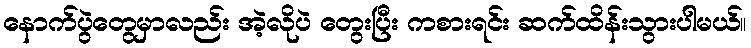
နောက်ပွဲတွေမှာလည်း အဲ့လိုပဲ တွေးပြီး ကစားရင်း ဆက်ထိန်းသွားပါမယ်။